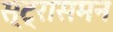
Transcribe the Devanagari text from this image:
स्ट्रासमन